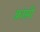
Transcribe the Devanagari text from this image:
फ़्रांसी